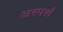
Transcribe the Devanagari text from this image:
अस्पर्श